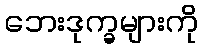
ဘေးဒုက္ခများကို